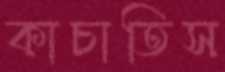
কাচাতিস